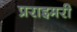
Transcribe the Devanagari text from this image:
प्रराइमरी